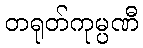
တရုတ်ကုမ္ပဏီ